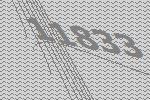
11833